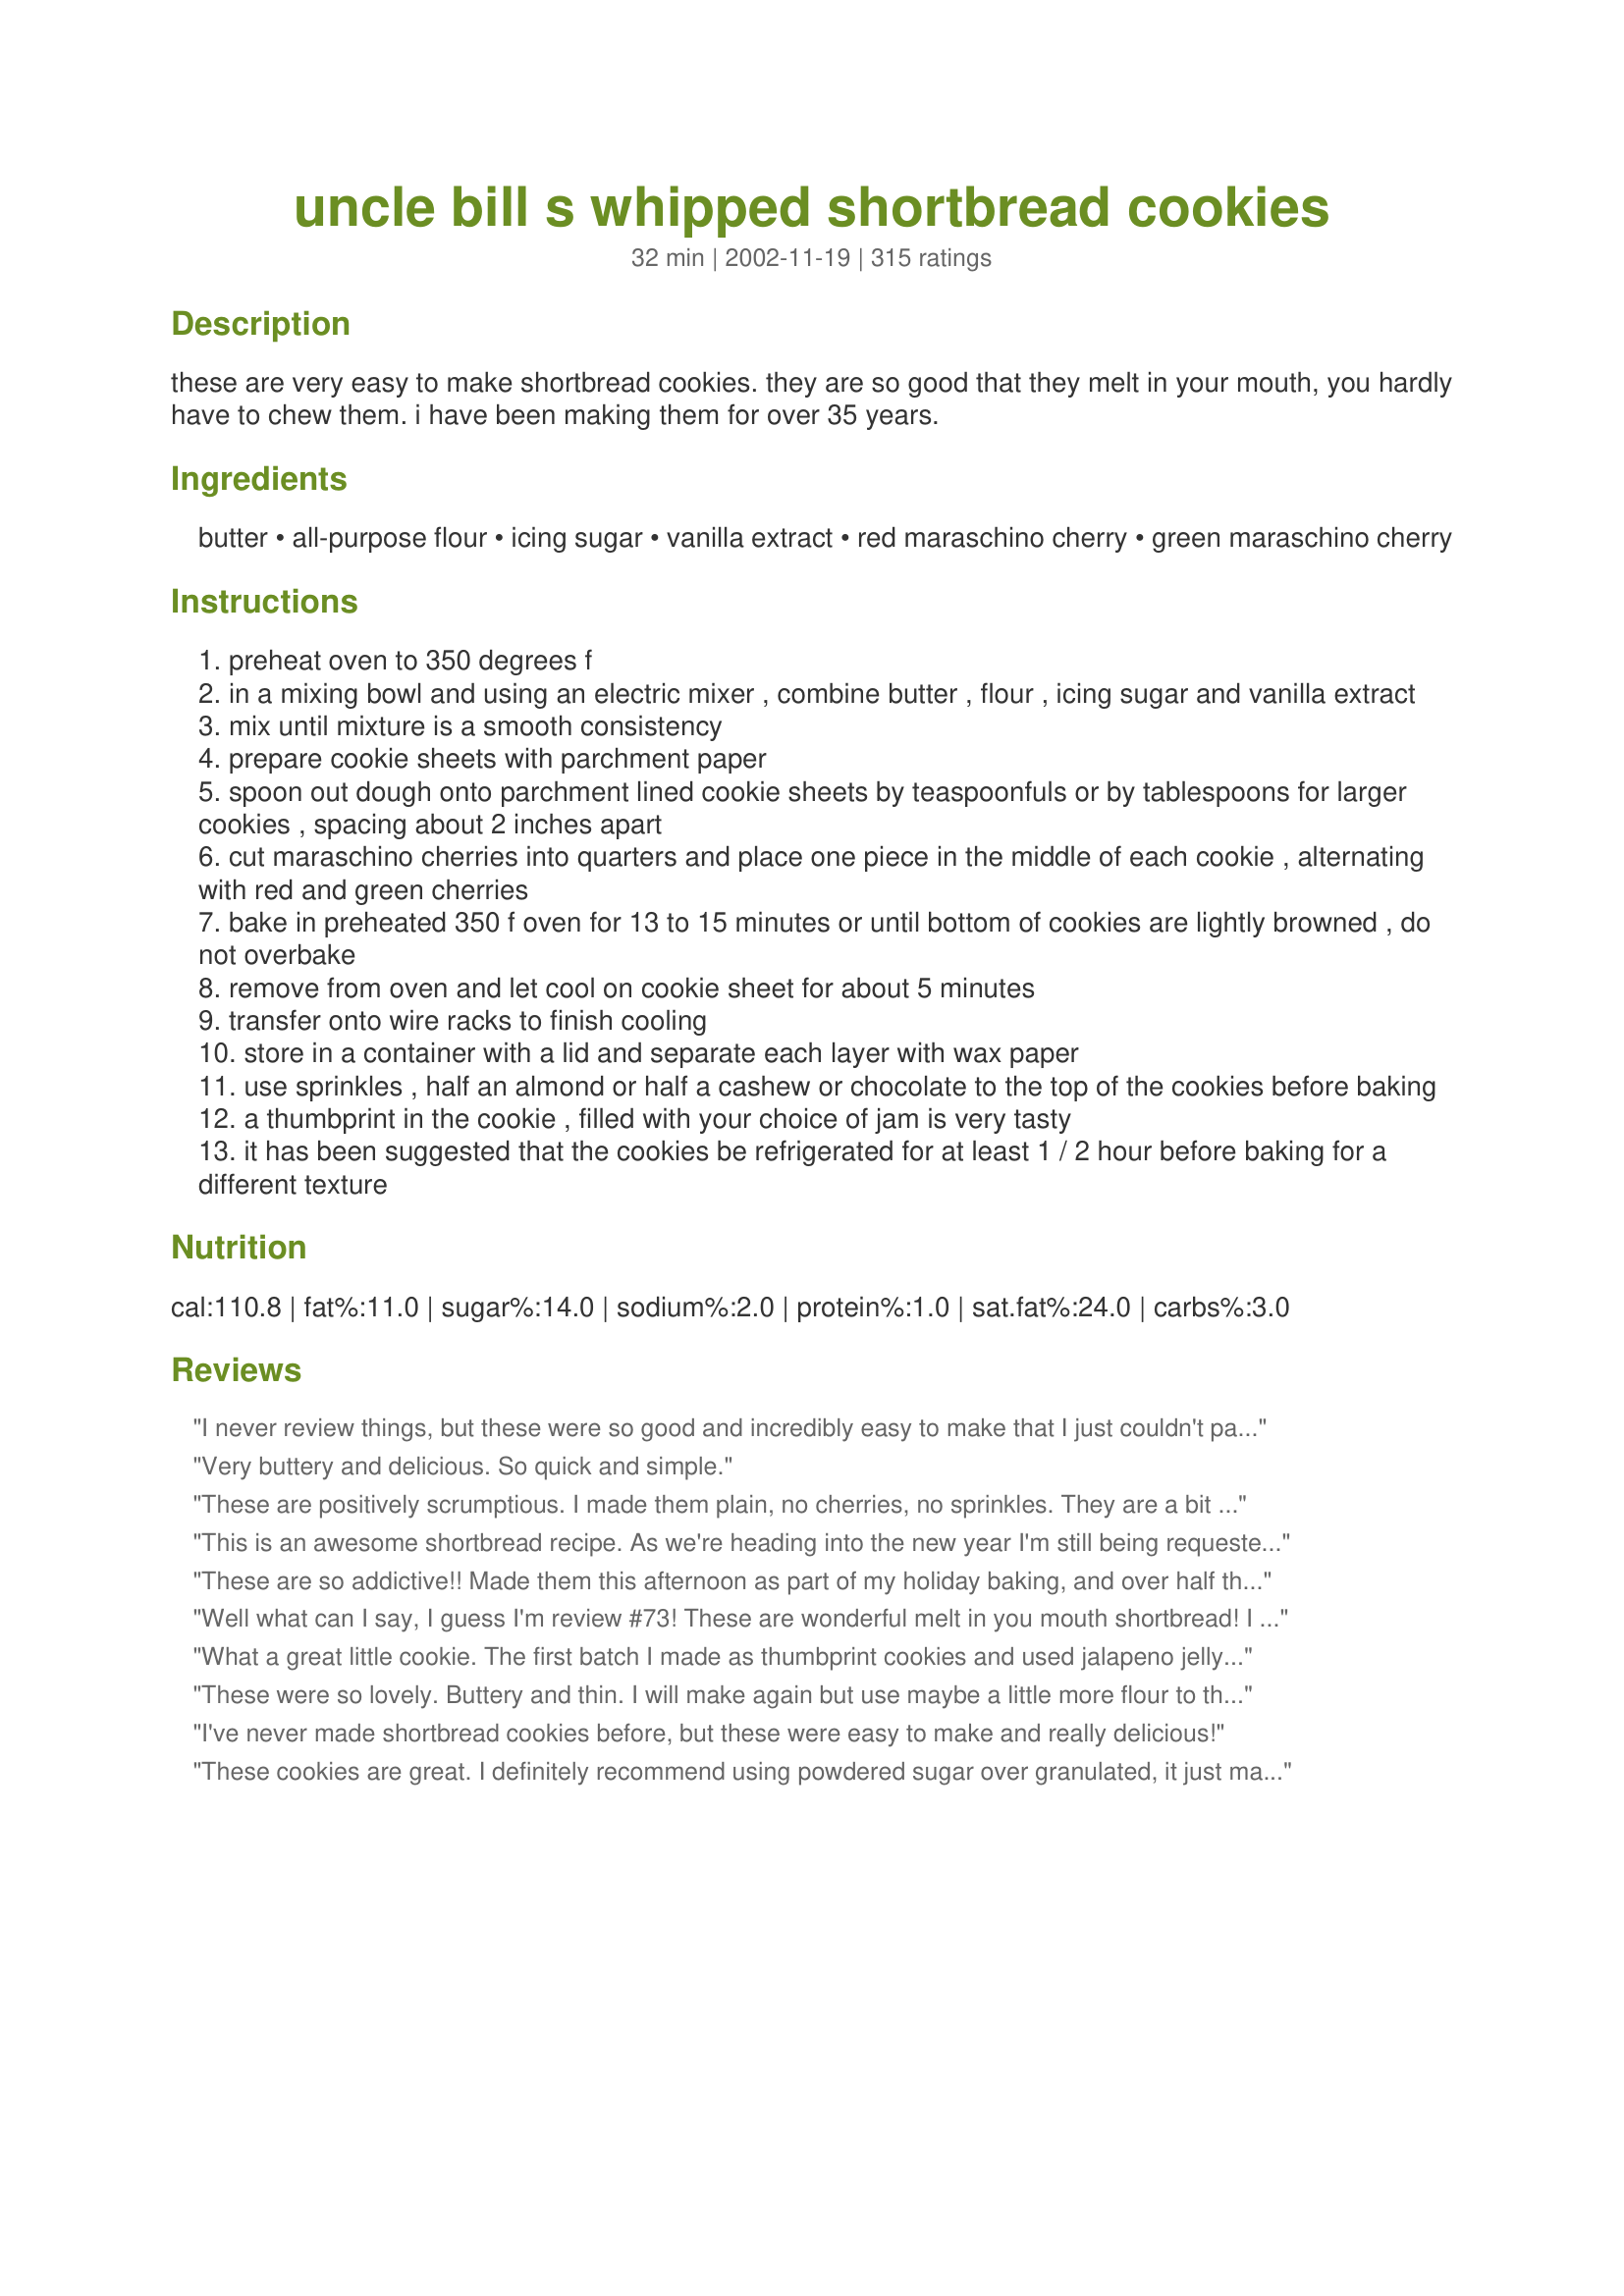
uncle bill s whipped shortbread cookies
Preparation time: 32 minutes

these are very easy to make shortbread cookies. they are so good that they melt in your mouth, you hardly have to chew them. i have been making them for over 35 years.

Ingredients:
butter, all-purpose flour, icing sugar, vanilla extract, red maraschino cherry, green maraschino cherry

Steps:
preheat oven to 350 degrees f
in a mixing bowl and using an electric mixer , combine butter , flour , icing sugar and vanilla extract
mix until mixture is a smooth consistency
prepare cookie sheets with parchment paper
spoon out dough onto parchment lined cookie sheets by teaspoonfuls or by tablespoons for larger cookies , spacing about 2 inches apart
cut maraschino cherries into quarters and place one piece in the middle of each cookie , alternating with red and green cherries
bake in preheated 350 f oven for 13 to 15 minutes or until bottom of cookies are lightly browned , do not overbake
remove from oven and let cool on cookie sheet for about 5 minutes
transfer onto wire racks to finish cooling
store in a container with a lid and separate each layer with wax paper
use sprinkles , half an almond or half a cashew or chocolate to the top of the cookies before baking
a thumbprint in the cookie , filled with your choice of jam is very tasty
it has been suggested that the cookies be refrigerated for at least 1 / 2 hour before baking for a different texture

Reviews:
I never review things, but these were so good and incredibly easy to make that I just couldn't pass up the chance to rave about them! These are definitely going on my regular baking list!
Very buttery and delicious. So quick and simple.
These are positively scrumptious. I made them plain, no cherries, no sprinkles. They are a bit delicate and I'm not sure they won't be crumbs by the time they get to the office party in a couple of days, but they do taste yummy and are deceptively light. Thanks, Uncle Bill!
This is an awesome shortbread recipe. As we're heading into the new year I'm still being requested for "Uncle Bill's", shortbread cookies! These melt in your mouth.
These are so addictive!! Made them this afternoon as part of my holiday baking, and over half the batch is already gone!! I only had red maraschinos, so that's what I used. These were SO easy and SO good!! I'm going to make another batch tomorrow!!
Well what can I say, I guess I'm review #73! These are wonderful melt in you mouth shortbread! I only had red cherries , gonna make some more and buy some green ones, great addition to my holiday freezer stash. That's if I can keep them away from DH, he loves them! Thanks for posting!dec 11/07 It's Christmas time again and time for shortbread, our favourite.
What a great little cookie. The first batch I made as thumbprint cookies and used jalapeno jelly for something different. The second I dipped the tops in sugar and pressed a pecan half into each of them. I didn't have parchment paper so I subbed waxed paper. Let them cool for a good 5 minutes then lift the corner of the paper and they peel right off. Thanks for a great recipe.
These were so lovely. Buttery and thin. I will make again but use maybe a little more flour to thicken them up.
I've never made shortbread cookies before, but these were easy to make and really delicious!
These cookies are great. I definitely recommend using powdered sugar over granulated, it just makes them extra melt-in-your-mouth. I had a friend abandon her diet because of these cookies, that's how good they are! Don't hesitate to try them.
I decided to make these just now because they seemed easy and I had everything to make them. I was lazy and did not use a mixer but beat by hand and it worked just fine. You can use your imagination with this recipe, which is fun! I split the recipe into two bowls and added (1/2 tsp) almond flavoring to one. On that same pan I made 3 cookies with no flavoring but decided to do thumbprint cookies with strawberry jam in the middle. (I wanted to see what I liked lol!) Once done I sprinkled more confectioner&#039;s sugar on top. They were good but not what I wanted really, so with the rest of the mix left I added 1/2 tsp vanilla and topped with confectioner&#039;s sugar when done. I liked how those turned out the best. The thumbprint cookies (jam) ran and were not right. (I have never made them before.) I think it might be fun to do the vanilla and then try a powdered sugar glaze on top with almond flavoring added to that. This doesn&#039;t remind me of shortbread cookies, or at least not what I am used to, as they are light and fluffy. The original recipe with cherries is probably very good but I would definitely add the almond or vanilla to them as this recipe feels like it lacks something without the flavoring (as some people mentioned). Thanks for a fun recipe!
Another fantastic Uncle Bill recipe! I needed a quick and easy cookie recipe to take a gift for a dinner invite and these definitely fit the bill!
Good thing they're quick and easy though because the first batch is almost gone lol, so I'll have to make more to take tonight.
I had no cherries or anything for topping, but can't wait to get some stuff and will definitely be making these come Christmastime!

I'm confused, or y'all are, not sure which. A recipe produces 24-36 cookies, and the nutrition info says 1 serving per recipe.?
I would give these 5 stars for ease, as this is probably the easiest cookie recipe I've ever tried. But about 2-3 stars for taste, as I found them to be too mild. The texture is very light, as other reviewers have stated, but they are just not quite sweet enough. I made these with a 1 tbsp scoop and they baked for about 12 minutes. I made an indent in the middle and added cherry jam and sprinkled with crushed walnuts. After tasting the lack of sweetness I also drizzled some chocolate on top which helped a little. I would make these again but add some more sugar or chocolate on top to add to the flavor. I also think orange or lemon flavoring would probably be really good in these. *UPDATED*: I made another batch of these and this time added a PACKED 1/2 cup of icing sugar, and another 1/4 cup of granulated sugar and think it could have used a little more yet. I think about adding 1/3 cup of granulated sugar to this recipe would make it just right.
A Nice light shortbread I topped mine with M&amp;Ms but thats all I had Kids loved them including my biggest kid (Husband)
mu husband didnt have faith that a shortbread recipe could match up to his mothers old recipe that she used to use. when i made these cookies i definatly got 2 thumbs up!
What a fantastic recipe. My 10 yo son and I tried this one together over spring break. The dough was a bit dry at first, but it got much better with more mixing. This was a huge hit at my house!!
I made these for my holiday cookie swap and they were a huge hit! Easy, but delicious! I too skipped the cherries and used green and red sugar sprinkles. Yum, yum!
This recipe is amazing and exactly what I was looking for! Cookies were melt in your mouth delicious when whipped up with my Kitchenaid and baked to perfection in around 12 minutes on my Williams Sonoma cookie sheet.
Another winner. I have made something similar but I always like to try new recipes. I made exactly 36 cookies and I baked mine for 15 min. and they were great. Very simple when everything gets thrown in together and then whipped up.
I followed this recipe to the letter and could not get them to flatten out. They lacked in flavor.
These are great. I rolled in small balls, then pressed the red/green cherries in the center. I also added 1/2 teasp. almond extract. Mine cooked very fast, about 11 min. Ovens vary so. They were devoured within a day. Thanks for this easy recipe. The flavor belies the ease of prep.
Loved the texture and taste!
man oh man these were good. I used some chocolate chips on some of them. Light, buttery, and literally melt in your mouth. Thanks!
Great classic shortbread recipe Bill! These were delicious and just melt in your mouth yummy. 
I topped mine with some coloured sugar and red and green marachino cherries. Thanks for posting! :)
Definitely "melt in the mouth" but little flavor---good thing I used good quality butter or they would have been tasteless. By the way, I used unsalted butter---would salted have been better? The recipe doesn't specify. They look nice and Christmasy, but I am really disappointed in the flavor after the over 100 5-star reviews!
They are easy, however, so I might try them again, adding some flavor.
Uncle Bill, these were by far the most easiest shortbread cookies to "whip up" in no time at all, and absolutely melt-in your mouth delicious!! Friends absolutely adored the cherry in the middle decoration also. I'll be making these again!
Love this recipe! There are so many ways to make these...I dipped in chocolate and then coconut; dipped in choc and then chopped pecans; candied cherries; peanut butter cups (mini); dusted with powdered sugar; the list could go on and on. Sure made 'short' work of my Christmas cookie projects! Super fast and yummy! Thank you sooo much!
Very good recipe! The cookies have a wonderful texture and the recipe is so quick and easy to make. Thanks!
These cookies ARE melt in your mouth! They aren't overly tasty even with the vanilla, so I found the topping was what gave the cookie it's flavor, which is great because everyone can personalize it then. I used cherries on some and also sprinkles and apricot jam on others. And I really had to watch mine in the oven, any more than 7 minutes and they turned brown. Also, I got advice to cream the butter first, add the sugar and blend, then add the flour, and that worked out much better than mixing it all at once. I loved how simple the recipe is and how easy they are to make, in just 3 hours I had made 97 cookies (double recipe)! I will be making these every Christmas from now on.
These have got to be the easiest shortbread cookies in the universe!
Besides being so easy they are a taste of Heaven, a melt in your mouth cookie. These will be a regular around here; especially on the Holiday table!
these are simply devine! a delicate and flaky melt in your mouth cookie recipe. I experimented with almond and vanilla extract and tried a sliced almond on the top. Whipping is the key for the amazing texture and try not to let your oven get too hot. Mine were a little brown but still delicious! Thank You Uncle Bill!!!
Very good cookie. I chilled the dough and rolled into balls; made thumbprint indent; and when baked and cooled, I decorated with a chocolate frosting rosette. 

I am anxious to make again with nuts or candied cherries.
Pure and simple perfection!!! I did recipe as written and these cookies were wonderful. Thank you so much for sharing.
WOW..OMG..YUM! 
With the first bite, these became my new favorite cookie! They are not too sweet and just melt in your mouth. And to top it off, they could not be any easier to make! Thanks so much for sharing this recipe, they will be made and enjoyed often in our home!
I had shortbread before and i was looking for a recipe that was simlar to what i tasted and this was it! My mixer broke while trying mix this and i wasn't able to buy another one till yesterday, so i kept the dough in the fridge and whipped them up last night. All it all it still tasted great!
Thanks for the recipe Uncle Bill!
I've never been moved to rate a recipe before, but these cookies are absolutely out of this world! Thanks, Uncle Bill!
Great drop cookies that melt in your mouth!! Very festive for the holiday cookie platter. Thanks for posting, Uncle Bill. =)
Reviewed these before, quick to make, excellent taste and texture. Watch your oven, mine baked in 12 minutes. Updated to say my daughter said "Mum these are the best shortbread you ever made!" Thanks for a great recipe!
we really devoured these cookies!!
 first time for me and they tourned out perfect!!
 really MELTING in your mouth!!!
 this dough is perfect to you with Christmas cookies, too!
So easy and so good! My teen son gave it his approval! I made mine with a thumbprints full of raspberry jam. One thing I didn&#039;t realize is that these cookies will spread out quite a bit when they cook so make sure and give some room.
OMGGGGGHHHHH!!!!! These cookies are toooo die for. They are so light and rich. Instead of cherries ( I didn't have any), I used red and green sprinkles. This recipe is a keeper. Thanks Uncle Bill for such a delightful and scrumptous recipe. A
Extremely easy and very tasty. I had to hide them from husband so that we'd have some left over for holiday guests. He really enjoyed them.
Great cookies! So easy to make as well. I topped some with cherries and some with mini kisses. 15 minutes had them fairly brown on the bottom, so will probably cut the time slightly, but I will definately be making these a regular holiday treat. Thanks for posting! :)
These are so easy, no mess, and turn out SO PRETTY! Thank you so much for sharing this recipe...it was fun to make, and will def make again!!!
Sweet~Bama
Everybody who has had one so far today has said "melt in your mouth". I loved this recipe. It was very quick, easy, and the ingredients were all readily available around my house. I used strawberry jam for the centers and the results were excellent. Thanks for sharing this!
These are AMAZING!! I love them as does anyone I've ever gave them too! I made them into a thumprint type cookie filled with jelly instead though! They melt in your mouth! ??
AWESOME! These cookies are melt-in-your-mouth goodness!! I am lucky I still have some for my cookie exchange tomorrow - LOL
Made this as lemon shortbread wedges by adding some lemon extract and covering with glaze. You can see some photos and the modified recipe in my blog: https://bulachki.com/lemon-shortbread/
These cookies are great. Simple to make ,used them on my holiday cookie tray,everyone raved about them.
Hi "Uncle Bill",
I made your cookies yesterday and they were EXCELLENT!! They are melt in your mouth soft and delicious. I plan to make them very often.
Lois
I thought these were very good & easy. Reminded me of the Swedish Spritz my mother always made. Mine flattened quite a bit so I think I might use more flour. I also used red & green candied cherries. Would also be good with half a pecan pressed into dough. Will definately make again.
Nothing to add except another 5-star review! These cookies are delicious and do indeed melt in the mouth. Thanks for a great recipe. :)
Required at least an additional cup of flour to get to a good consistency. I also baked in a slightly cooler oven- right around 315 degrees- because the first batch got brown around the edges before being baked through. I added app. 1 tsp of vanilla, but these were still a little plain (didn't use cherries, I HATE them!)... next time I think I'll add either almond or lemon flavoring to pick these up.
Wonderful, rich shortbread cookies. Made these with my granddaughters today and they were so-o-o good. We put sprinkles on some and left some plain, both were outstanding. Indeed these are melt in your mouth cookies. Happy Holidays and thanks. Carole in Orlando
Melt in your mouth delicious. I made these for my family one weekend and they loved them. I just used red cherries but that didn't matter. I can't wait to add this to my Christmas platters. They are so delicate and literally melt in your mouth. Thank you for posting.
These are excellent! I like them because they aren't too sweet. A nice mellow cookie that melts in your mouth!
Only recipe I use. I do not use vanilla and use unsalted butter and add a pinch of salt to flour. I roll into walnut size balls, flatten slightly with fork, and sprinkle with coloured sugar before baking @ 325 for 15 mins. Shortbread is always better when aged so I refrigerate cooled cookies in an air tight container after baking and attempt to wait for the magic to happen. I have kept shortbread if well hidden for up to a month.
Very Yummy! I added 2 teaspoons of vanilla and split up the toppings - some with the cherries, some with sprinkles, and some plain. All three versions taste great. They set in 10 minutes for me, too, and were SO easy to whip together. I do believe I'll make these often, as they're so quick and easy, not to mention that they use ingredients we have all the time! Thanks for a great recipe!
These taste like very expensive cookies. Now, I added a dash of vanilla and my little DSs added an extra stick of butter so they spread when I baked them and fall apart easily, but out of this world tasty. Thanks Uncle Bill.
This was a good recipe.However,it was so light and fluffy,it melted in my mouth good.But,it tasted more like a spritz cookie than a shortbread.I added red food coloring to make it look like a Christmas cookie plus sprinkled them with sprinkles.Next time I will double the batch.It really is a great cookie recipe!!Thanks Uncle Bill.
Liked the taste alot, when I think of shortbread I thought they would have been a thicker cookie maybe it was something I did. Simple and good made for my cookie exchange. Thanks!
These were easy to make. However that is the only positive thing I really have to say. I'm sorry but these are horrible. They taste like paste. They might as well be glue cookies. Before you say anything, Yes I am a avid baker. I really wanted to like these. Not matter what I tried I just couldnt bring myself to eat these or give them away. I added jam. I added pecans. I added Cherries. Nothing worked . For all those calories, they need to have taste. If I am going to have a moment on the lips and forever on the hips, it has to be better than these. Keep looking folks. I guess I am just not a fan of shortbread cookies Bleech
Melt in your mouth delicious flavor. Excellent directions, will be making these little treats often, Thanks for posting:)
These cookies are great! So easy to make because you just put everything together. They really do melt in your mouth. My sister just tried these today and they turned out great! Thanks so much Uncle Bill for sharing your recipe with us!
this recipe is amazing. i used the basic ingredients: butter, icing sugar, and flour. the first time i rolled them in balls, flattened with the bottom of a glass, and drizzled with chocolate. Aaaamazing. this time i rolled them in coconut, then placed a thumbprint in each one and added strawberry jam. i was thinking it might be fun to add grated cheese and roll them out really thin almost like a cracker. they would be pretty bland on their own though
Uncle Bill, these were superb!!! Really tender and buttery. I added 1/2 teaspoon of almond extract, as almond and cherries go together so well, and also because I use almond extract in a lot of Christmas desserts. (These cookies were for a Christmas bake sale.) I baked them for 10 minutes, which was just enough for them to be very lightly browned underneath, and set. Instead of spooning them onto a cookie sheet, I rolled pieces of the dough into balls, and then placed them on the sheet, topping each one with half a cherry. Rolling them first gave them a uniform, round appearance, and the texture of the dough was firm enough that it didn't need to chill before rolling. These were so good that once I tasted one, I had to bake another batch! Just as Bill promised, these are so melt-in-your-mouth delicious, and so quick to make. If you like shortbread, you have to try these cookies!
I have been making these cookies for the holidays for a couple of years now. My family enjoys these so much. They are good with raspberry jam too.
These were very good but I now know I prefer a harder shortbread cookie. They definately melt in your mouth so if you like that type, you will love this recipe! Thanks!
These couldn&#039;t be any easier and they melt in your mouth!
These cookies melt in your mouth! Truly Delicious! Thanks for a great recipe :)
Made jam thumbprints with these, DH definitely adored them! Took me 23 minutes to bake, and I added 1/2c white sugar to the dough, and another tsp of vanilla. The longer cook time might be because of a difference in oven; but I waited till the cookies were very lightly gold. Will definitely make again!
I made these this morning, and the kids loved them! I did bake mine for a little bit too long, so next time I will be more careful on the baking time. Thanks for a great recipe :)
Yum Yummies !!!
Oh my! You were not kidding.......these cookies literally melt in your mouth!!! EASY!!!! Did I mention easy??? Love the taste, love the simplicity, love the fact that you shared this. Thank you so much!
I must have made this recipe 5 times during the holiday season.

It was delicious, much like the shortbread my mother makes and best of all sooooo easy! Other than skipping the cherries, I followed the recipe exactly. Oh but my oven thinks it's a furnace so mine were baked in about 10 minutes, do watch them once they're in the oven - not over baking is definitely the key here...

Since they were missing the decorative cherry, I dipped a fork in icing sugar and made a cross hatch pattern on top before baking.

Thanks Uncle Bill, for a terrific recipe!
I made these over the weekend and was very pleased. THey taste and look great. My only problem is that they came out very crumbly. Maybe when I make them next, I will add a bit more flour. Thanks for posting this.
Great tasting little cookies. Very light and airy. Can't beat a good shortbread cookie. Thanks for posting this wonderful recipe.
Another five star review! I started out making half a recipe, simply because I couldn't believe something that simple could be that good. Big mistake! I ended up making a full recipe the next day. These are perfect, not too sweet. I did add vanilla to both batches, and sugar sprinkles to some instead of cherries. Thanks for an excellent cookie from ingredients I always have on hand.
OK, the dough was crumbly and it was impossible to spoon it out. Used my hands and it was no problem at all to "gather the crumbs" to get a little ball which I then flattened into a cookie. Made indentations in the cookies and filled half of them with jam and on the other half I placed a cashew nut in the middle. I got 24 cookies and they baked in 14 minutes. They smell wonderful, taste even better and so easy to make. Great cookie! Thanks for posting.
These were great! Maybe my oven is a little off, but my cookies were done in just 6 minutes. They went over really well - I made them for my boyfriend and he didn't want to stop eating them. Even after he was full, he kept eyeing the plate. Thanks for the recipe, these were absolutely delicious.
These were really easy, and a great last-minute addition to my cookie trays. I used the red maraschino cherries, and they were quite pretty. With so few ingredients, make sure yours are really fresh - my cookies tasted a bit stale (either the flour or the butter might have been too old).
Uncle Bill thanks for sharing a great recipe. I have boxes I give out and usually try to put 15 kinds of cookies so wanted to put yours in it. My mil was over and loved it, said it was very tasty.. Thanks for a keeper and one that will be used again..
:)
faith58
Wow, these cookies were definitely melt-in-your-mouth. I've made shortbread cookies many times before, but had always used granulated sugar, and the dough had always been stiff enough that I could roll it out and cut cookies from it. Shortbread drop cookies was a new concept for me, but a wonderful variation on an old favorite! Because I'm not a huge fan of the unnatural red and green cherries but still wanted something red and green, I made thumbprint cookies using Recipe #11522 and some raspberry jam I had on hand. The tartness of both jams was perfect with shortbread. I found they flattened out quite more than I expected in the oven, but tasted great! Thanks!
Just brilliant! Delicious and easy to make and a great hit in our house. Thank you!
Well my daughter made these awhile back and then we made a FEW more batches this Christmas. She eats them for breakfast !! This year we made a whole bunch more and she gave them away as gifts. Awesome cookies Uncle Bill.
I had a favorite recipe that I have used for many years, but to let you know, it will now take a back seat to your recipe..I would spend much time, making the dough, rolling cutting into shapes and baking. They were good as well, but because it had 1 egg in it, I never knew how to half the recipe. For us, a family of only two, it made way way too much, and I had them in the freezer for months. I am so glad to have found your recipe. I will be lucky though, if they make it til xmas. I most likely will have to make another batch. Thankyou for posting
I have never heard of a three ingredient dough before. These were simple and very tasty. They looked so festive on the cookie trays I made this year.
I made two batches during nap time, and I can't believe how good they are for how easy they are!! Thanks so much - and they are also great for my little one with egg allergies. I used M&Ms on one batch and colored sugar on another. Thanks!
I did not modify this recipe at all and it was perfect! I used the optional vanilla extract and sprinkled the cookies with red, white, and blue sugar before they were baked. Mine only had to bake for about 11 minutes. Great, easy recipe that I will be using again. Thanks!
Super easy and delicious cookies! Big hit with everybody. Just added some sprinkles and they were gone! Thanks for the recipe.
Oh my! These are so GOOD!! They melt in your mouth and they have just the right amount of sweetness. Thank you for sharing the recipe.
Oh my! These cookies did not last long. I made a "trial" batch as a test to see which cookies to make for a church event. This is the winner! They really do melt in your mouth and they are so easy to make.

Thanks for a great recipe!
Easy to make, yet very light and rich. I would chill the dough before baking. DH loved them!
Thank you so much for this recipe. These cookies are so easy, so quick and so wonderful!
These are phenomenal! Whipped up a batch so quickly this morning and tried them 4 ways - Mini Hershey’s kisses, mini peanut butter chips, plain, and apricot jam. All are delectable and I will never use another shortbread recipe!!!
I made these with my neighbour while she tackled a family (shortbread) recipe. Now we are making more batches because we couldn't believe how well they turned out!! I used Hershey's Hugs instead of cherries. They browned on the tops a bit (the Hershey chocolates) but that gave it a great flavour. I also used a stand mixer, not sure if that solves some of the problems people are having but seriously, perfect cookies!
Can't argue with the 5 star rating, or the claim that these cookies truly DO melt in your mouth!! Quickest, easiest cookies ever. Mine were about 11-12 minutes on an ungreased sheet. I used a rounded teaspoon, but ended up with about 24 or so. No cherries- made some plain, some thumbprint with raspberry or currant jam, and some with colored crystal decorating sugar. Gone in 24 hours! Thanks!
These ARE so very good. I didn't have any cherries, so I topped some with cranberries, some with pecans, and some with walnuts. I have a hand mixer, and it was a little laborious to cream the sugar, flour, and butter, but the result was definitely worth the effort. I made two batches, and made the mistake of leaving the second batch in the oven for a little more than 10-11 minutes. This definitely took away from the yumminess of the cookies, so I would caution against overbaking them.
These cookies are so addicting! Delicious, beautiful and perfect with milk. I made them exactly as directed with cherries and made a few with just sliced almonds in them also. I wanted to make more right away but I knew I would just eat them up!
Fantastic. I am a English and therefore think no one can make shortbread like the Brits LOL! BUT this recipe is outstanding. I made no change to the recipe, just did it as instructed and they melt in ur mouth! I hate to say it but traditional shortbread now seems heavy and stodgy. Kudos you darn Canadians hehehehehe!
Best shortbread ever . Dough freezes well so make a double batch.
awesome! didnt have any cherries on hand so i used green sugar sprinkles, my husband and his friends loved these! thanks!
So many recipe-results are described as "melting in one's mouth" ... for this one it is nothing but the flat truth. 
They are superb. I doubt they will travel well though, so my plan to take some for Thanksgiving (from Seattle to Kansas) doesn't seem realistic. I used glaceed cherries rather than maraschino. Lovely. I certainly will make them again...and again.
wonderful cookies and very easy to make! i wasn't expecting them to literally melt in my mouth but they did. I did think the butter taste was a bit much too pronounced so next time i will add almond, coconut or lemon extract for more flavor. In my first attempt i folded in 1 cup of coconut flakes after whipping the shortbread mix. After they were done cooling i half dipped half of them in melted semi sweet chocolate and put them in the fridge to set. These cookies are sinful, i wish i wouldn't have read the recipe and tried it b/c now i have had these, i will probably keep making and eating them. My husband just loved these. Thanks uncle bill for a great recipe!
How can something so easy to make taste so great?! My three year old grandaughter had so much fun helping me make these...I should have doubled the batch because she loved eating the dough as well! Uncle Bill, thank you for the recipe as these really are 5 star!
Fast Easy and delish.
&quot;Whipped&quot; is a good way to describe these as they fluff up and are less dense than traditional Irish shortbread. I was using the dough to mould 3D shapes, but the dough, before adding more flour, was too moist for this treatment and all the detail baked out of them. Still, a great texture and flavor!
I used this recipe as a base for my own Earl Grey shortbread, and it worked wonderfully well. I substituted granulated sugar and added 1 tbs. ground Earl Grey tea leaves, 1/2 tsp. almond extract, 1 tsp. vanilla extract and a dash of nutmeg, and ommitted the cherries. thanks for the recipe!!!
Mmmmm... I had never made shortbreads before I gave these a whirl. They were melt-in-your-mouth good!! Not to mention quick and easy. This recipe made 4 dozen small cookies and my crew (7 in all) finished them off in less than 24 hours!!
Great cookies!
they melt in your mouth and are delicious!!!
They are also very festive with the red and green cherries.
Great Recipe!
WOW. So simple and so delicious. i made a half batch for the two of us while we put up our christmas decorations- took about 20 mins including cooking time. i topped mine with fresh cherries and they were perfect. thanks!
This is a great, easy recipe- so fast, too!
I just tested this recipe to make for my cookie exchange this weekend and it was very easy and delicious. I'm sure everyone will enjoy it as much as I did.
Bill, these little cookies are AWESOME! As another reviewer suggested I used sprinkles instead of the cherries. I also used salted butter. I used just a tsp. of dough for each cookie because I wanted small cookies. I make up a lot of cookie trays for gifts and I don't think the cookies need to be large when there are so many on a tray. These do melt in your mouth. I got 53 cookies out of one batch and I plan on making up another batch after supper tonight. These are probably the easiest cookies I'll be making this year. And using the sprinkles they are also very pretty without a lot of work. Thanks, Bill.
I put these through my cookie press and they turned out beautifully. For me 9-10 minutes was also plenty. I added a little splash of vanilla and almond extracts to give it more of a cookie taste. They look adorable on my cookie tray and they're definitely melty when you eat them! ETA: They keep very well when you refrigerate them in a cookie tin, and they're pretty good cold too!
These were okay. It took about 10minutes to get the dough to the correct consistency. And for all that work, these didn't taste all that great. I love shortbread cookies, but I don't think these were dense enough. I guess I expected more-especially since it took some time to mix this. But the kids didn't have any problem eating these. But they did melt in the mouth. And if that's what you are looking for, this is the recipe for you.
These coookies are delicious! They have a buttery, mild flavor and are truly melt in your mouth cookies. I omitted the cherries and made them plain and they were very tasty. I whipped up a batch this morning to include in the twins' lunch. Maybe I need to check my oven's temperature, but my cookies were done to perfection in 9-10 minutes. I will definitely be making these cookies again.
The best Shortbread ever.
I'm putting 2 stars because these really do taste good -- melt-in-the-mouth good. They are buttery and not sweet (so do put on some toppings!). Unlike what another reviewer, these did not turn out like "gluey" cookies at all.<br/><br/>However, they crumble too easily. ): My cookie dough was very very soft, like cream and I didn't think it was a problem till I saw the baked results. <br/>I topped half of the cookies (both non-refridgerated and refridgerated dough) with large choc chips and these turned out looking alright but almost all my "thumb-print" jam cookies were HORRIBLE. Jam spilled out onto the baking tray because the cookie dough was too soft and I guess the so-called 'well' (holding the jam) didn't hold while the cookies were baking.<br/><br/>I followed the suggestion in Step 13 and refridgerated half the dough for half an hour. The first half of the cookies (non-refridgerated) took 13-14 min to bake and were sooooo fragile upon touch. (sigh) <br/>The refridgerated dough resulted in it being slightly 'stiffer' but still very soft (I had to remix the dough to get the same texture throughout) and the cookies were slightly crispier on the outside. <br/><br/>I followed the recipe exactly except for the cherry toppings. Help Uncle Bill ):<br/>Oh, in case you're wondering, I've been baking for 5 years and I've never baked cookies that end up like these before. ):
Lovely! They really melt in your mouth.
These are pretty awesome! I left the butter sit out overnight so it would be soft all through. I whipped the butter in my stand mixer for about five minutes while getting everything else out and cutting the cherries. I opted for almond extract to compliment the cherries. My kitchen was warm, about 75 degrees when I started and once the oven was running it got up over 80, but I decided against refrigerating the dough as I wanted to try the recipe as is, so glad I did. The batter texture was like fluff, it is awesome. I didn&#039;t touch the batter at all until the very last cookie, pretty sure any additional heat would melt the butter in the batter. I used a tablespoon and got a little carried away with heaping tablespoon size. So my cookies were huge and some broke when transferring to the cooling rack. I did not get even 24 cookies. Totally my fault though. Next time I would stick with the teaspoon, and make it a heaping teaspoon. I put a powdered sugar/water drizzle over them inspired by the gorgeous pictures other members have taken. The cookies do melt in your mouth, no chewing required! This will be my go to recipe for shortbread cookies from now on.
These were simple and the best shortbread cookie I've ever tasted. This was my first time making shortbread cookies and they turned out beautifully. I made thumb-pressed cookies with the dough and put a dollop of apricot/pineapple preserves in the center of each instead of the maraschino cherries. The jam in the center really turn a shortbread cookie, which can be hard and dry, into a soft, sweet, melt in your mouth flavor explosion. This recipe is just too good not to add it to my collection. The base is so simple that the possibilities are endless with this versatile cookie. Next time I may dip each cookie halfway in dark chocolate, use strawberry preserves instead of apricot, and maybe even put a whole pecan in the center. Come Christmas, some of these cookies will get to each of my friends and family. Thank you Uncle Bill!
I wanted to like these but they just didn't "do it" for me.
How easy can you get - three ingredients thrown in a bowl. And they are so good! I used homemade lemon marmalade instead of cherries. That was a luscious contrast of flavors. They baked in 14 mins. Thanks for sharing this wonderful recipe.
My first time making shortbread and the reviews on this recipe made me want to try it over all the others available online. I did not regret it! I found I had to truly whip (electric mixer on high setting) for a few minutes before the texture of the dough was ready...the recipe title is accurate that these are whipped!!! Having said that, They are incredibly easy and simple to make, and they turned out beautifully: light, fluffy, melt-in-you-mouth goodness. My mother couldn’t get enough of them, so I’m making a second batch today! I am curious what the difference in texture would be if I refrigerated the dough for 30 minutes prior to baking?? Thank you uncle bill for this recipe!!!
I made these for Christmas with various fillings in the middle (jams, sprinkles, almond slices) to see which was best, and they all turned out amazing. But the best was a papaya marmalade I found in the fridge--it went splendidly with this perfect shortbread cookie. I am making them again today--all with the papaya marmalade--because I couldn't wait to try them again.... mmmmmmmmm.......
These were very easy, but they seemed kind of bland. I only got about 20 cookies from this recipe as well. I may make them again, they make great cookies for the baby, they melt in your mouth!
Awesome! Easy, fast and really tasty! Topped with different toppings - some Maltesers, some orange M&M's, some hundreds & thousands and some blueberry jam - big hit with my kids :) WILL be making these often!
I can&#039;t wait to try these. I have a new stand mixer coming in a few days and I have to catch up on my Christmas baking. I, also, have a new sugar free product to try, Swerve confectioners sugar to ice my sugar free sugar cookies. Just bought a lot of green and red cherries for breads so this will be perfect. Thanks for a great recipe that has received such great ratings! : )
Beautiful, delicate cookies. The simplicity of the visual presentation makes them stand out. A big hit with my students today at George Mason University!
Simple, tasty, quick to do. I think they need the best quality butter and flour, and I'm glad I used some vanilla and a half candied cherry. No reason to make more complicated shortbread. Next time I do this I will think about a half pecan on top, or jam would certainly be good but give a completely different cookie. A real winner for everyone.
These were awesome....easy to make and taste delicious. I didn't modify the recipe at all!
We LOVE these cookies. My family&#039;s tradition is shortbread, and these are so different and melt-ily delicious. I&#039;ve tried them with the cherries, with lemon and strawberry jams, and with almond extract. They all taste delicious. Definitely watch them once 11 minutes hit, though, depending on your oven.
I made these at Christmas and again today for Valentines Day - today I made little heart shaped indentions and filled with raspberry jam. They are soooo good!! and easy!! This recipe is definitley a keeper.
i strongly suggest putting in the fridge for at least 1/2 hour, before baking. Gives a better body to the cookie.
fan-frigging-tastic! did not have parchment paper and still turned out great. found that 10 minutes was about the right cooking time. added almond extract and rolled into balls, flattened slightly, and added red and green sprinkles due to the season. am taking these to work on christmas day and know they will be well-received. they do literally melt in your mouth. very tender and delicious!!! thanks, uncle bill! your recipe is much appreciated.
I substitute Splenda in place of the powdered sugar and these cookies still turn out perfect. I only cook them about 10 mins though. Divine. Thanks Bill!
I must join the 100's before me and give these cookies 5 stars, just on the fact that with a handful of ingredients you get such a tasty, melt-in-your-mouth cookie. I added 1/2 tsp. of almond extract and topped them with a 1/4 maraschino cherry pressed into each one after rolling them into small balls. I am on to my second batch today. (I rolled them smaller and recipe yielded 48 cookies for me.) Thank you, Uncle Bill!
These cookies were so easy to make. I zapped my butter for a few seconds on thaw in the microwave to soften. My cheap beaters worked very hard mixing this and at first the dough looked so crumbly I thought I have done something wrong. Then suddenly it all came together. Worried a bit about not shaping them but the oven melts the dough into a pleasing shape. Made recipe exactly as written. My second batch browned a little too much at 17 minutes so do watch them!<br/>These were just delicious and didn't seem overly delicate to me. So quick to make! Just nice little cookies that melted in your mouth!. So festive with the cherries! A real keeper recipe. Thanks Uncle Bill!!
I would like to make these with a mini Hershey's chocolate kiss on each one!
These cookies are so delicious. As well as really tasty, they are the simplest cookies I have ever made. 10 minutes in the oven and my cookies were ready to come out. Do try!
We loved these cookies and they were given many compliments from people who received them on my holiday cookie trays. So easy to make, and a wonderful melt in your mouth texture! Personally I'd like them a little sweeter so will make a few more batches with and 1/4 cup of powdered sugar. Thanks very much Uncle Bill!
I can't believe I forgot to rate these! I am a chocolate lover and usually save indulgences for chocolate but I made these as part of my Christmas gifts for the neighbors and they were so good I had to stop myself before there weren't enough to give out! I chose them because they looked (and were) so easy to make, but they were so delicious I'll definitely keep making them.
My first try at Shortbread... was not to sure when I started as the dough was not a dough, but after a few minutes of whipping it came together nicely. I used a silpat mat on my backing sheet... would not recommend, as it took much longer, but in the end the cookies were pretty good...will make them again.
excellent! After cooking, I dipped them into powdered sugar.
Delicious melt in your mouth wonderful cookie.
I went all out and used a half a cherry per cookie..lol
Thanks very much for sharing.
This recipe was lovely!! I used almond oil for a different spin and they tasted wonderful! They are beautifully melt in the mouth! I would definitely recommend this recipe to everyone!!
These cookies really do melt in your mouth. They are sinfully good and so easy. With a small cookie scoop, I made 22 cookies. In my oven, they were done in 11 minutes.&lt;br/&gt;&lt;br/&gt;UPDATE 12/2013: I am still making these every year. Only now I make them with honey as I no longer eat refined sugar. I was nervous, but they turned out perfectly. I use half as much honey as sugar and add a smidge of baking soda. I still use my small cookie scoop and they are still done in 11 minutes. They are a bit firmer than those made with powdered sugar, but that is a benefit if you need a sturdier cookie. And now I can share them with far away friends! Also, as with many other recipes using honey, I reduce the oven temperature 25 degrees to 325. This recipe continues to bless my family every Christmas and with the honey version I can enjoy them as well. I can&#039;t thank you enough Uncle Bill!
Did you use a cookie press to make the star effect, or a large decorating tip?
These were very good and I followed the directions except since they had no flavoring I added 1 tsp. oetker original vanilla sugar to the icing sugar to give it a slight flavor. However, I measured it so as not to have more sugar than requested. They were quite good. Thank you this recipe is already added to my Holiday cookies.
These cookies are amazing! I made these for a cookie exchange and it was very hard not to eat the whole buttery batch. These are definitely going on my cookie trays this year.
I followed the recipeexactly, and "Melt-in-Your-Mouth" is right! The texture is extremely tender. These are pretty tasty cookies, but cannot travel, as they tend to fall apart easily. My kids didn't mind though, they ate them all up anyway. Thank you for a good recipe.
First time ever making shortbreads and they are perfect. DH said they were the best he's ever had. Everyone has different textures of shortbread that they prefer...if you like the kind that literally melt in your mouth then this is the recipe.
excellent cookie Uncle Bill!
I made these cookies with the vanilla, and without the cherries. They are delicious! I also rolled them into balls, and flattened them with a fork. Yummy with tea, and so simple to make. Thanks for the recipe!
Excellent, These are so easy to make and so tasty and delicious. I like to make a thumb print in the center and fill with jam or other fillings, or even a fresh piece of fruit.
I have just been informed to only send these cookies in goodie boxes! What could be a better rating? J
This is the best recipe. My sons ate a whole cookie sheet (30+ cookies) by themselves!! I used a baby spoon to drop the dough for the first couple pans (I doubled te recipe) and then rolled the dough into balls by hand then flattened them. I like the look of the rolled cookies better, more finished and professional. I didn't have cherries so I melted chocolate and dipped one side in the chocolate and let it cool on parchment. Talk about heaven on earth!!! Thanks Uncle Bill!!
These were just barely ok for us. Myself and two of my children (13 yrs old & 9 yrs old) both thought they were bland and all I could taste in this cookie is the butter. I love butter don't get me wrong...but these were just not great for my tastebuds. I asked my kids what they thought and the report was "uh it's just ok". My kids are not picky eaters and typically anything in the sweets category they are hard to displease. I/we will not make these again. Sorry :(
Wonderful! I loved making these and decorating them! I divided the dough and swirled food coloring into each section and topped with sprinkles. These are simple and delicate. They make the perfect cookie for a cookie exchange, or as others have suggested, a great addition to a Christmas goodie plate.
These are so easy and so good! I used almond extract in mine, which really makes them a little tastier, I think. Also, for the fillings I used either peach or blackberry jam, or the cherry. I prefer the peach jam, they were my favs. Thanks so much for such a great recipe!
It's possible that I just didn't whip these enough, because they came out dense and heavy-tasting. They were like deflated sugar cookies.
These were so easy to make. I made a small well and added a dollop of my homemade pineapple-apricot filling. They turned out great! I made mine a little larger so I doubled the recipe and got about 4 dozen. Thanks Uncle Bill!
Been looking for the perfect butter cookie and THIS IS IT!!! Thanks very much for sharing!
Great Shortbread! I only made half and wish I had made the entire recipe. I used almond extract instead of vanilla. Wow, what great flavor. Will be making these often as DH loved them.
THANK YOU!!! I can officially make shortbread cookies now!! These couldn't have been easier or tastier!! A Christmas staple in our house now =)
Very good, very easy! I used unsalted butter and think 1/4 teaspoon of table salt would bring out the flavor nicely. I did some with cherries, some with strawberry jam and some with blackberry jam. I LOVED the blackberry jam! I got 29 cookies with my small cookie scooper. Thanks for the recipe Bill!
Good call on the vanilla!! But i would add 1/4 cup to 1/2 water. So the dough would be doughy and easier to make into cookies. Mmm..cookies...but GOOD RECIPE. tastes the way short bread cookies should!
I started to soften the butter and realized that I had no icing sugar...so I used granulated sugar instead, whipped it for a little while and then added the vanilla. These were the BEST shortbread cookies I've ever made!!!
I&#039;ve made this recipe quite a few times, and it turns out perfect every time. I&#039;ve played with other recipes but am never satisfied, and find myself making these again and again.
OMG, these were amazing and soooo simple to make. It was my first time attempting shortbread and I won't ever try another recipe.
Thank you so much for posting!!!
Delish! Hubby dropped by HUGE teaspoons though and they broke apart like crazy after baked - our fault and not the recipe though. I will try again soon without my DH's assistance. They really do melt in your mouth - we ate the whole batch in just two days! Thanks!
These cookies are amazing!! I don't even think they lasted the night...Incredible! Wonderful buttery taste! Thanks for sharing!
Excellent recipe.
Uncle Bill, these are the best (and easiest) cookies I've made this season! You did make a mistake though...you didn't insist on doubling the recipe! I am going to make another batch, but they are SO easy, what the heck! I didn't use cherries, instead I used seedless raspberry jam and I only needed 10 minutes bake time. Thanks so much for posting this super easy recipe!
Thanks for this recipe, Bill! These were so easy and super tasty! I only had margarine, so I used that, and I added an extra tsp of vanilla, but they turned out beautiful! The kids love them!!
Perfect, 4 ingredients, and easy! Doesn't get much better than that. Do yourself a favor and whip up some of these! A super fast dessert on the fly if your ever in a pinch. I used 4 different toppings for the cookies (variety is good!): Possibilities included: berry blend jam, apricot jam, colored sugar, 2 chocolate chips. Thanks Uncle Bill!
Fabulous cookie. Terrific taste, texture, and so easy to make. There they were...gone! Thanks so much.
These are fantastic! I don't like cherries, so I put a Hershey's kiss in the middle of each. I made them this afternoon and half of them are gone already!
They were so simple to make and turned out lovely. I didn't have cherries so made some plain and some with a chocolate M&M in the middle. Both turned out well!
This recipe is BRILLIANT! So easy to make and SO delicious. I was searching for a quick and easy shortbread recipe, after these I shall search no further. My family fell in love with these and I will most definitely add them to my Christmas lineup. Instead of cherries, I tried a couple different variations: almonds, chocolate chips, and jam- for a deluxe assortment. I added red sprinkles for a touch of holiday flare. I just cannot say enough good things. Superb!
Easy and quick and delicious, melt in your mouth cookies.
These were just delicious Bill. I did not use the cherries...don't like them. Exactly the type of cookie I have been looking for...light, delicious, and not too sweet. PERFECTION in a little cookie. Thank you, my search is over for my favorite cookie!!!
I made these at Christmas, and they were the best! I couldn't stop eating them. My kids prefer my regular Christmas cookies, probably because they are a little sweeter. I didn't use cherries, but used mini choc. chips, left some plain, used some almond slices on some, all were good, but my favorite was the ones that I made a small indentation in and I put a teaspoon of raspberry preserves---so good!! Thanks so much for a fast, easy, and very delicious cookie!
We all loved it! So simple and easy to make. Wouldn't change a thing. Thanks Uncle Bill!!!
YUM! I loved this recipe! I doubled the recipe and did 1/3 with the cherries, 1/3 as jam thumbprints, and 1/3 dipped in dark chocolate. Of course the chocolate dipped were everyone's favorite, but the jam were excellent with coffee! Next time I will try with vanilla, but these were fantastic!
Uncle Bill, thank you sooo much for these. Made them this morning and they are unbelievably easy to make but more important unbelievably tasty. I don't like cherries, so used choc chips on some, nuts (almonds and cashewnuts) on some and mincemeat (love mincemeat) on the others. Such a treat!
These were wonderful! Easy and delicious. I made some with a small dab of strawberry jam and they were wonderful. Great recipe!
Buttery and metl-in-your-mouth good. Soup to nuts, 20 minutes. From start to when I popped one in my mouth was 20 minutes because I baked mine for 15 minutes. Thank you.
Very good! I added a tsp of almond extract and thought the flavor and texture was excellent. They baked in 12 min. I got 42 cookies out of the recipe using a half tablespoon of dough in each. They are the perfect size that way!
Very tasty basic cookie. The only reason I gave them 4 stars instead of 5: the first one left a buttery residue on my fingers, plus I thought they needed a little something extra. I put the rest of the cooled cookies on paper towels for about 10 minutes before sprinkling with powdered sugar. Perfect.
I can;t believe I forgot to rate these cookies. I made them for a Christmas party with the red and green cherries and everyone raved how light, moist and delicious they were. Thanks for a great cookie recipe.
These cookies are amazing. I have been baking these for my students (200 each year at Christmas time) for 3 years now...and they love them. They are easy to make and sooooo delicious. For my family and friends (or smaller batches) I melt milk chocolate chips and dip half of the cookie in and set it on wax paper. Shortbread and chocolate...what could be better?

I have made this recipe for 4 Christmas' in a row now. It never fails to please my shortbread loving family! Occassionally I will use a different extract (like almond or peppermint), just for fun. Nothing beats Uncle Bill's for melt in your mouth, buttery goodness.
this recipe is perfect. They are wonderful cookies and I will make them again!
Made exactly as directed, except omitted the cherries, as my husband is not crazy for them. These cookies truly melted in your mouth! Thanks! I'll be making these again soon!
Oh, yum! These have that true shortbread, melt in your mouth flavor I was looking for! I reduced the sugar a bit, and made the cookies very small. I made little sandwiches out of them with leftover dark chocolate icing, and they are SOO good! 10 minutes exactly, and they were cooked perfectly. These would be really good with almond flavor in them, too. Thanks for the great recipe!
I made these to send out as part of my cookie exchange, but didn't really care for them. They were too bland for my taste. I can't compete with the numerous 5-stars, but this is just my opinion. My family just picked the cherry off the tops and left part of the cookie behind.....that said it all for me.
Incredibly easy and delicious! Instead of cherries I put a dab of jam in the center of each cookie - some strawberry, some apricot. They look beautiful and will be a nice addition to my holiday tray. That is, IF I can keep DH from eating them all tonight. I made the cookies a bit small and got exactly 4 dozen.
This doesn't really need more reviews, but I thought I'd do mine, since I made a batch with 1/2 white and 1/2 whole wheat pastry flour. This was so easy to throw in the Bosch. Used my Pampered Chef small cookie scoop and got exactly 36 cookies, which I rolled in white sugar. I have never made shortbread b4, so I only have to go by what I thought of this recipe. It was pretty good, fell apart in your mouth (melt?) I might try adding a Ghirardelli chocolate chip on top (I don't buy Hershey's) and flattening them b4 baking next time. Pretty good for a cookie with 2.4g of sugar! Update: Forgot to add that it took 17 minutes on the airbake pan and after 22 minutes on the stoneware pan, the bottoms still weren't brown at all, but I took them out and they tasted fine.
Best shortbread cookies ever! I have FINALLY found the taste I remember from my childhood! I chilled them first, them rolled into balls, made a thumbprint and put mini chocolate chips in the centre.
Great!!! I will say I got a little nervous, as my dough was very crumbly, but I kept beating and it got smooth, just as promised. I also put a small amount of raspberry jelly in the middle before I baked them and got wonderful Knottsberry Farm style jam cookies. Thanks!
I like these a lot, but will be making some changes next time I make them, as they were not sweet enough for me. I will add 1/4 c more sugar and 1/4 less flour. I added 2 tsp almond extract and loved the flavor! Thanks for an easy cookie.
I made the recipe exactly as written. They came out perfect!
Such a light, buttery texture. I did not refeigerate the dough first and had no problems. I have already made these a number of times and they are fabulous.
These are soo yummy, even DH is devouring them and he's not a big sweets or cookie person. Actually asked me if they were 'bad' for you, hehe. The only issue I had is that these were perfectly done after 9 minutes, so *definitely* keep an eye on your first batch (I did after someone else's review said they only needed 10 minutes) to get the timing right. Beautiful perfect taste-of-christmas cookies!
can't believe i haven't rated these yet! I've made these 3 years in a row for my xmas cookie boxes and they're always a big hit! they're sooo good and just melt in your mouth. i've yet to find green maraschinos, i just buy the big jars of red ones from costco and cut them in 1/2 for each cookie, i like the look and the big piece of cherry - yum! and seriously, DON"T over bake them!! i've done it and they're nowhere near as good. now to get started on my xmas cookies.... :)
I'm not much of a baker, but my goodness these were SO EASY to make and so very delicious! I ended up making 3 batches - one right after another! I wanted to share the yumminess with everyone I know! I couldn't decide on the topper so I made some with whole almonds, some with green cherries, some with red cherries and some with strawberry jam. I want to go home and bake another batch tonight with candy cane sprinkles! Thanks Uncle Bill for yet another scrumptious recipe!!
Not going to rate this as I'm pretty sure I must have gone wrong somewhere. I have been dying to make these for ages now but when I mixed the ingredients together in my mixer I ended up with a crumbly mixture that wouldn't come together at all. I ended up creaming in some extra butter and baking them anyway but end result didn't look like the lovely photos on here. Mine were flat and crunchy. They tasted ok but not very shortbready. I'm thinking maybe if next time I cream the butter with the sugar first? I really want to make these again so any tips would be very gratefully recieved! Thanks.
Awesome cookies!!! I brought them to my knitting group and they were gobbled up completely.
EXCELLENT!!! It took me the whole batch to get the time right for my oven (13 minutes) but tasting one from each tray was worth the *pain*! :) Thanks for a great recipe that I will use over and over again!
These were great!! I added 1/4 tsp. almond extract and they were just delicious!
Can't believe I haven't rated these yet, they are my go to shortbread recipe for the best five years! I always do the thumbprint jam ones as pictured and they are delicious. Just remember to press the thumbprint in before cooking or cookies will crumble. =)
Try the metric version, dough abit dry to roll, so add about 50 mls water. Omit salt if you're using salted butter.Overall an average not very crunchy and flavourable cookie.
these cookies are so good! i baked mine for 10-12min and they were perfect. i used raisins and chopped almonds for toppings because that's what i had at the time. the cookies really melt in your mouth! thank you for the recipe!
Super easy and delicious! <br/>I didn't notice anyone using a cookie press, so I was a little worried about trying it. The cookies wouldn't stick to my parchment paper using the press, so I had to put them directly on my dark cookie sheet *GASP*! I kept a close eye on them, and each batch was ready in 6.5 to 7 minutes.
These were great. Easy to make.
Uncle BILL:

In 3 letters: OMG!!!

I added vanilla but that's it!! 

AWESOME and S I M P L E .
The very best cookie and quite simple to make.
So easy and delicious. Made these for a christmas party and they were a hit.
Bill, these were just super easy to make. I had them done and cooling on my counter in no time at all. Instead of the cherries, I just used Christmas sprinkles. They are, as you said, melt in your mouth. I'll be making these again. Thanks for the recipe!
Truly melt-in-your-mouth! This an easy one to make with the kids, and I can give them the "beaters" to lick since there are no raw eggs. We used raspberry preserves on one batch & Christmas sprinkles on another. Thanks, Uncle Bill!
Ditto on these cookies being so yummy!!!!! They are 5*s plus, and so easy to prepare. Everyone loved these cookies. Thanks so much for sharing.
Yummy. I did not use any of the maraschino cherries and still loved the cookies. I think next time I will try putting a hershey kiss in the center of each or use sprinkles. Loved this recipe. Thank you.
Very very nice. I used teaspoon to drop and definately didn't need any more --> they fluff and spread alot more than I thought! I pushed 3 white chocolate chips in some with a little raspberry jelly (lovely!!!).. some others I added Nutello, also lovely! If you use Jelly..make CERTAIN it all stays in the cookie because these things are soooooo delicate..they literally fall apart when they touch your lips!

One small suggestion.. Cool for only 2 minutes on the cookie tray..its' much easier to get these off while they are still just slightly soft. If you put anything in them that drips over the side (jelly?) during cooking then you aren't getting that one off in one piece!
This is an awesome recipe! Only three ingredients and the taste is so delicate and just melts in your mouth! They are delicious plain or topped with your favorite treats! Uncle Bill thanks so much for sharing your delicious recipe and also for your willingness to share your expertise with others!
Great!!
I am not the best baker in town- so to find a simple, yet delicious cookie recipe is gold to me. I thumbprinted raspberry preseveres and they were excellent! At Christmas I had my son's put sprinkles on tiny balls of dough and they were a perfect treat! They were moist and tasty- My son has an egg allergy and this recipe he can enjoy! Thanks Uncle Bill.
THANK YOU UNCLE BILL!!! <br/>I have NEVER made a more perfect cookie, ever! I have tried over and over to make shortbread and they either crumble or I have to scoop them off the cookie sheet. These were perfect. They stayed formed and they didn't get hard or spread all over the sheet. I didn't have parchment so i just used the cookie sheet (not dark) and baked for 10 minutes. Perfection! My husband thanks you! ;) The rest of the batch is still in the oven. I don't think they will make the deepfreeze for Christmas time.
These turned out so perfect and wonderful! Everyone loves it when I bake them. I don't think they even get to cool!!
Just made these cookies and they are soooo good! I made them exactly like the recipe, even put the red cherry&#039;s on top with the icing drizzle like the picture. I thought something was wrong when I first started as the dough was not coming together with my mixer but just kept mixing and BAM all of a sudden it started getting sticky and there was my cookie dough! Dropped them on parchment paper, cooked at least 15 mins as I wanted them slightly brown around the edges and OH MY GOODNESS! As they said, melt in your mouth!
Just ....WOW!
These were to die for, I wanted a shortbread cookie that was easy with no rolling out or cutting or special steps. I made them with no cherries or toppings and we loved the tender butter flavor. Used the vanilla extract and also added just a pinch of salt. May try browning the butter first next time just to see if it makes any kind of a difference, honestly these were 10 stars as is. Perfect with a mug of tea or cocoa!
Yup, I'm with the 99.9% majority, these were awesome! I used a 1 tbsp scooper and pushed the rounded spoonful down with the cherries. This was my first time making shortbread. A no fail recipe.
I was worried about leaving the cookies because I peaked in and the bottoms were brown and the tops seemed raw still....but I pulled them out after 10 minutes and they are perfect! My son has had 4 already...there may not be any left by the time the husband comes home!
Bill, I must tell you... these are the best. I made them all at tablespoon size, left 1/3 plain, 1/3 strawberry jam, 1/3 blueberry jam. They took 13 minutes to be cooked beautifully. Thanks. Oh yeah, I also opted to use the 1 tsp of Vanilla.
These are SO good!! Very easy to make... will definitely make a double batch for Christmas this year!!
Uncle Bill - incredible cookies! Din't have the cherries, but the next time I make this, will try it for sure. As some of the other reviewers suggested, mine needed only 10 minuts bake time. Thanks a bunch - I just had three of these and I could have more!
I've been eyeing this recipe for a long time, and finally made it. What was I waiting for?! These cookies are heavenly - buttery, short, perfect. They truly do melt in your mouth! In mixing the dough, I started to worry that I hadn’t measured correctly, as the dough was very crumbly. Then the magic happened, and the dough came together. I made them on my heavy, shiny aluminum baking sheets, and it took 15 minutes. I also left off the cherries, as I’m too late for the holidays. This easy and quick recipe is in my permanent file now! Thanks, Uncle Bill.
These tasted just like my Grandma's recipe. I rolled the dough into little balls before baking, I like the uniform shape, and they were perfect. Thanks for an easy, totally worthwhile recipe!
Uncle Bill, You Rock! I made these cookies for my daughter's Brave Bday party and they are sooooo good! Thanks a million for sharing :))))
I have just finished baking a batch of this cookies...Oh my goodness, these are really good! I have basically almost eaten half of the first batch!!
I omitted the cherries but added in vanilla instead. It taste just like those Danish butter cookies !! Yumm!! Thanx so much for sharing this wonderful recipe!!
These were delicious! I followed another reviews hints and coated half of these with choc. How pretty they were. Looked gourmet! Also made and sold at bake sale and they went over very well. Thanx for posting.
These cookies are scrumptious, very tender and buttery... I used half cake flour and half all purpose flour like kittencal.. I did use the vanilla. Also put one fourth pecan in center of each. I made them a little larger, got 15 cookies. Hubby wants me to make more today.. thanks uncle bill for a great recipe.. nita
The cookies are delicious but so fragile. I was breaking them as I put them onto the cooling rack. I will try again though because they tasted great.
Oh gosh, this doesn't need another review - but I'll throw my 2 cents in anyway! The key to melt-in-your-mouthedness is two fold: beat the butter senseless (I used my Kitchenaid and let it go for about 5 minutes.) and once you add the flour, just blend it in and you're done. Shut it down and bake 'em off! And finally, bake them until just done - not lightly browned - still white-ish. Believe me, they'll be melt-in-your-mouth delish! Could be the best cookie I've ever made! (Oh, and I did use unsalted butter and added 1/4 tsp salt, as well as a "rounded" 1/2 cup of confectioner's sugar.) They're extremely versatile!
So good and so easy. I gave them this year to my neighbors for Christmas. I did add a teaspoon of almond extract (in addition to the vanilla). Great flavor.
These are the best shortbread cookies I've ever made. They really do melt in your mouth. They'll be a great addition to my Christmas baking. Thanks!
we loved these!! i had never made short bread cookies before and they turned out perfect. thanks for the recipe.
OM Goodness---just tried the first one...filled with apricot preserves; absolutely amazing texture! I chilled my dough for over an hour (got busy with life), rolled them into small balls, flattened by hand into disks and then fingerprinted and filled with preserves before baking. These blow away any thumbprint cookie i have ever made! Thank you Uncle Bill!!!
Simple and delicious! I used the almond extract and did some with a dab of strawberry jelly in the middle. Both were yummy! I did overcook one batch and I agree... you don't want to do that! LOL :) Definitely a keeper recipe.
absolutely amazing! my dough was a little bit crumbly, so I just added some water to make it more &quot;dough&quot; like. I've asked family members what they think and said that it is delicious. I made thumbprints and added strawberry jam which was outstanding. they said it could maybe be a little bit more sweet? could I add more powdered sugar? other than that, best shortbread recipe out there.
Thank you for sharing this recipe! It is the first time that I have been able to bake anything successfully due to the simplicity of the recipe. I shared them with family members and coworkers and they disappeared very quickly! Instead of cherries I added chopped walnuts to some of the cookies and it has become my mum's favourite.
I baked this tonight and they are the rave everyone wants more for Christmas, only thing my batch was short instead of 36 , i had 26 maybe use the wrong spoon. (smile)great cookie recipe.Thanks
Wow! These were easy to make and so delicious. My French class had a Christmas party and I thought these would be a festive treat. They were a hit. I loved the Danish Butter cookies that you can find sold in stores at Christmas and on a whim decided to do a taste test. Uncle Bill your cookies were the tops hands down. The rest of my family agreed that yours were much better so from now on I will be making your Whipped Shortbread Cookies instead of buying those tinned cookies.
These were delicious shortbread cookies. I only used red cherries and cut them in half instead of quarters to give them a more distinct taste. I found that they broke quite easily and that it was quite necessary to have the layers of wax paper. As others have noted, parchment paper is not necessary for this recipe although it may help with the spreading of the cookies. Thanks for the keeper!
These really do melt in your mouth. So easy to whip up (literally). I too was a bit wary when the dough didn't really come together, but kept it mixing and sure enough, a nice dough formed that was easily rollable in small balls and sprinkled with colored sugar. Mine took 16 minutes to bake, but I did start checking at 10. Though they were tasty, I felt they were a bit plainer than other shortbreads I've tasted and I did make sure to use a good quality butter. I think I'll try these again and maybe add some almond or vanilla extract. Thanks for another winner Uncle Bill!
My neice went bonkers for these, which were the simplest cookies I've ever made. The taste was pure shortbread without the fuss. I skipped the cherries, as I don't like those at all. My personal preference would lead me to remake these with slightly more sugar, or drizzling melted chocolate over the finished product. I love Alabamagirl's nice brown cookies...how'd you do that? For busy folks, or moms needing a ton of cookies for a party or bake sale, you can't beat these. Thanks for a great recipe, Uncle Bill!
Excellent recipe! The texture was perfect, and it was so easy to make! They will definitely be a regular in my holiday baking!
WOW. 10 stars is a must. Melt in your mouth indeed! I can't stop eating them. So light and buttery. I baked them for 14 minutes and they were ready. Two questions for you uncle Bill, how do I get the top of the cookies to be golden brown like the bottom ? And can I use these cookies to make banana pudding in place of the plain old vanilla wafers? Thanks so much Uncle Bill. I love your recipes.
I liked these alot I did add a tsp of vanilla and made a thumbprint and added raspberry jam thank you very much!!
I'd give these more than 5 stars if I could. I've never had a cookie so tender and I loved the flavor. They really did melt in my mouth. I topped them with red maraschino cherries and they looked beautiful on the cookie tray - thanks for such a good recipe. I'll be making these again this weekend, and many more holidays to come - thanks!
These were perfect! I've tried quite a few shortbread recipes and this was the absolute fave.
I used the vanilla and also added about 1/4 tsp. salt.
Thanks so much for this recipe!
Uncle Bill you are amazing and so are your cookies, very easy to make and a short cooking time. I found the recipe on monday and tried them monday night. Making another batch today. Thanks so much tc Dancer^
You can always count on Uncle Bill for wonderful recipes. I made these for Christmas cookie trays and the directions were so easy to follow and the results were delicious.
I used red cherries in the centers but the next time I make these, I'll try them with raspberry preserves...or cherry...or chocolate.
Thanks for sharing this recipe with us. A winner!
These were very good. I omitted the cherries all together, just made straight shortbread cookies and they went soo fast! Great for big gatherings when you are unsure of those with nut allergies...ends up I had a very greateful person that was able to gobble these down without fear! Also great with a cookie press, they look so nice! I've already made these twice and will be making them again! A snap to make! Thanks!
I had been wanting to make these since I first saw the recipe (I loooove shortbread), but hadn't found the time. I finally managed to do so yesterday, on a whim, and was quited tickled with the results. I was considering taking and sending my first picture of a recipe but, of course, that would assume I had any cookies left for a picture!!! LOL I creamed the cold butter (love my Kitchen Aid...I can get away with that) with the sugar, then added the flour, scraped it down, and mixed again. I used my smallest scoop (kind of like a tiny ice-cream scoop), which is approximately 1 teaspoon. It makes a ball about the size of a medium-large grape. I got 48 cookies using the scoop. I put them on a cookie sheet sprayed with non-stick spray (in hindsight, I probably could have left this out, due to the butter content) and baked them for 11 minutes, due to the smaller size. I found that the dough didn't quite get done in the middle, so in subsequent batches, I flattened the cookies just a tiny bit. That seemed to help. I did do one other thing differently...I'm not that big of a maraschino cherry fan (all the dyes), so instead I substituted some Hershey's Kisses on top. I unwrapped them and pushed a Kiss down into the cookie until it was firmly attached. We happened to have both the regular Kisses and some of the dark chocolate Kisses. While I'm not a huge fan of dark chocolate, I found that I liked the combination of the dark chocolate Kisses with the cookies over the regular Kisses. Especially when still warm. :D And my DD's boyfriend absolutely adored the cookies also. Thanks for posting this recipe, Uncle Bill. I really enjoyed it.
These were really easy. I didn't bother with the parchment paper to bake them on. I cooked them on my pampered chef pans, which gave them the perfect bottoms. I also added about 2 tbsp of earl grey tea to the butter and left sit about 30 min before finishing the recipe which gave it a hint of extra flavour. Thanks for posting this recipe!
This is a very good cookie & exceptionally easy to make. I made mine into thumbprint cookies with a dollop of raspberry jam instead of the cherries.
Very easy recipe with delicious results. Made the perfect shortbread, in my opinion ... And got a thumbs up from my picky hubby too. This recipe will be my "go to" for shortbread. Thanks for sharing!
Very delicate crumb on these even though I used extra 1/2 cup of flour to make the dough easier to handle (rolled dough between palms to make perfect balls for 'thumbprint' cookies).
These turned out so light and delicate. I left out the cherries and added the optional vanilla. I baked one half of the dough recipe plain and the other half I added two bags of chai tea. Both were delicious! Thanks for sharing.
I never realized how much I liked shortbread cookies until I made these for my husband and the superbowl party! I ended up eating more of these than anyone else (though my husband had his share of the dough...). The cherry is a great touch (tried both apricot jam and cherry halves) and adds just the right amount of sweet to the cookie. Make sure to mix the dough until it becomes VERY smooth (takes longer to mix than any cookies I've ever made) also the refrigeration definitely helped make them easy to separate into individual cookies (left them overnight in fridge). Fantastic recipe thank you!
It seems like I'm the only one who didn't enjoy these at all. The cookies came out looking great, I made little indentations and spooned some apricot jam into the middle. Once they had cooled, my husband and I tried them (we'll eat anything) but we ended up throwing the whole batch into the garbage. We found them rather chalky and flavourless, they may need more sugar or maybe less flour. I don't think I made an error in the preprations, I followed the directions precisely. I noticed there were quite a few reviews on another site where this recipe is also posted that had similar comments as I did. It just looked really simple and quick, and with all the great reviews I thought it would be good. Thanks for the submission ...many have enjoyed this recipe, and I didn't really want to give it a bad rating, but we'll keep looking for another shortbread recipe.
Ooooh Uncle Bill - so simple and so good. Rolled into balls - melt in your mouth good.
Not the prettiest cookie ever, but boy do they taste good! These are especially good when warm. I topped a handful with peach preserves, and some with dark chocolate. But, our favorite were the original. These are just sweet enough, and richly buttery, but airy and light at the same time. It was nice to try something just slightly different. Will definitely make again.
Good! Super easy. I made the first batch exactly to the recipe, and it spread and the cookies fell apart. I'm at a high altitude, so I think that's the problem. The next batch, I threw in an extra 1/2 cup of flour, an extra tablespoon of powdered sugar, and 1/4 tsp. of almond extract. I baked them for exactly 15 minutes and they came out perfect! Used for a cookie exchange.
These are great. I rolled them into balls and placed a cherry in the center of each cookie, pressed it down a little and baked. I added some rasberry preserves to some but I like the cherry on top the best for appearance. I also drizzled some white chocolate over the top to make them more festive looking for my cookie gifts. This recipe is a keeper and it is amazingly easy to make and bake.
I just finished making a batch of these, and though I haven't tried one yet my kids and husband are raving about how great they are. Thanks so much for posting your recipe! These are festive and are helping our family maintain the spirit of the season. Excellent!
Fantastic cookie! Sprinkle them with colored sugar before baking for a holiday-themed cookie. YUM!
These are very dangerous to keep around because they're so good you just can't keep your paws off them. They just melt in your mouth. This ranks among the best cookies I've ever tasted. Thanks for sharing!
Very good. They really do melt in your mouth.
These were super eazy and really good! I made mine larger and ended up with 2 dozen. Thanks for a great recipe.
I asked my hubby (who's never made cookies before!) to make some cookies since I was feeling lazy. :) He gave me some dough (my fave part) and it wasn't that good...so I was shocked when he gave me a cookie fresh from the oven. DELICIOUS!! The recipe made 12 cookies and between me&hubby and our 2 kids, they were gone in an hour! Thx for the recipe! :)
I thought these were really good. Instead of using the cherry filling, I made mine plain. I dipped them in chocolate and covered them in sprinkles. YUM!
Great Cookies!! Extremely simple to make with excellent results! I used a variety to top my cookies of red maraschino cherries, a little red raspberry jam, Sliced almonds and cashew halves. Melt in your mouth delicious! Lovely presentation and a sure winner for any Christmas tray! Thanks so much for sharing this wonderful recipe with us, Uncle Bill!
Outstanding!
These have become a Christmas staple in my home. For the purists we do alternating red and green candied cherries, for me and the kids we do alternating Hershey Kisses, (unwrapped, of course).
These cookies are verrry good!! They have to be the most tender cookies I've ever made. I didn't use cherries for the top. I sprinkled some colored sugar on the cookies before baking to give them a little color (for the cookie trays). Thank you for the recipe!
Sweet and melt in your mouth.
Simple perfection. Quick, easy, delicious and cute. I put in the vanilla and would not change a thing. I will be making these often!!! Thank you so much for posting.
Love these!!! I generally make them either plain or with mini chocolate chips and they always come out amazing.
They turned out amazing, thank you Uncle Bill. i will be making these every Christmas. Instead of cheery in the middle i used Hershey Almonds and toffee drops in the middle and they are delicious. :)
This is the first time I tried shortbread cookies and they were excellent. Very simple , easy and quick to make. Need to keep a watch on them as they burn if kept for more than about 10 minutes. Also, as another reviewer mentioned I shaped them into small balls and then pressed them lightly on a cookie sheet so that they cook well. I didnt have cherries, so I topped them with cashewnuts and some with chocolate chips. Also added a few drops of vanilla essence to them. Over all they were excellent and melt in the mouth......
Classic recipe and easy to make. Made several batches, in one I added zest from 1 lemon. This is a great basic shortbread recipe.
I made these, and then dipped the bottoms in melted chocolate chips (melted w/ a little shortening). My kids love them.
This is such an easy and yummy recipe. I couldn't find my recipe that I usually use, so I went on Zaar to find one that was similar(I knew the ingredients but not the amounts), when I came across this one the only difference I noticed was the vanilla was missing. So I added the vanilla but otherwise I followed your directions to a tee. These are so melt in your mouth delicious, I think I will stop looking for the little recipe card that my original recipe is on and use this from now on!! Thank-you Uncle Bill!!
I give these cookies five stars plus. I gave them out for hanukkah gifts and they were perfect. What better to give then something from the heart and home made. These tated delicious, the smell while baking was wonderful and needless to say, they were devoured. Everyone raved about how amazingly good they were so i'm baking a couple more batches today. I decided to use the thumbprint method filled with preserves and oh my stars did they present well. This recipe is a keeper, one to pass down, but be sure to enjoy these goods with people you love. Happy hanukkah
It made it from the double of the amount of the recipe in the Christmas party in 2009.

The party rose thanks to the recipe of popular.
And, children were really pleased with this.

Very simple to make and even easier to eat!!

Thanks so much.

I will use this recipe from now on.
I can't tell you how much we love these cookies! We make them as a thumbprint with whatever fruit spread we currently have in the fridge. They are incredibly good and never last long in our house even though I make double batches! Everyone who tastes them loves them. They are light, buttery, and not too sweet. They're great plain, or as thumbprints with jam, jelly, or Nutella. If using Nutella I do not recommend putting it on until after they've been baked. I learned that the hard way. :)
OMG,,,what a great cookie,,, i will definitely keep these in my cookie jay all the time,,, i used jam on them and they just melt once you bite into them,,, way to go,,,, thanks so much..
This was a great cookie. Tender. The best part is how easy they are to make.
What a great simple recipe! These are some of the best cookies I've ever made and they were certainly easy. I don't own an electric mixer, so I whipped by hand and they still came out great!
Uncle Bill, I wish I could rate these cookies higher than 5 stars, they are simply the best! and when I say simply I mean simply, with only three ingredients you couldn't ask for a better shortbread cookie than these. I used half cake flour and half regular flour. For my second batch I add some mini chocolate chips yummmm! I will never use another shortbread recipe again, so buttery, these things just melt in your mouth! This is a sure thing on my goodie tray for this years Chrismas get together at my home. I am very happy to have found such a wonderful recipe, I will make these again and again! Uncle Bill, Thank you for sharing!....Kitten:)
These cookies are wonderful. Not much I can say that has not already been said. I used a cookie scope which made them uniform in size and used a glazed cherry on top. Delicious! thanks uncle Bill.
I made these cookies yesterday and I have to say that the were not only very easy and quick, but very delicious as well!!! They are now a permanent addition to my holiday cooki tray!! Thanks for another great recipe Uncle Bill!!
This was the quickest and easiest cookie recipe I ever made, and they tasted fabulous. DS ate over a dozen within the first hour out of the oven!
These cookies came out of the oven very soft and moist, and they practically melted in your mouth. They were also super easy to make. I think they could use a little flavor boost like some lemon or orange zest. However, they were quite yummy just the way they were.
these were so simple to make! the flavor is good, very light. i added a little almond flavor to the dough, put raspberry jam in the middle and then drizzled them w/ melted white chocolate! what a hit!
Like a previous reviewer, I found these cookies to be chalky and tasteless. The dough was really hard to work with, so I think that refrigerating these for a few hours would really help if you want to shape them.
Didn't know what icing sugar was - used recipe #88812 (homemade powdered sugar). Placed an M&M in the middle of each cooke. Thought I had put too much butter, but it actually worked out just fine.
Oh my god! These are so rich and delicous!! I rolled them into small logs and dipped one side in colored sugar. Really cute (and tasty) addition to my cookie trays!
Very easy to make. Added vanilla but probably won't next time to see how they taste without the extra flavouring
Made these for my DD for the Holidays when she was down for college. Well they didn't last very long, they were that good. My pics didnt turn out so well so not posting them. But the cookies were absolutely delicious. I love shortbread cookies myself but only got to try one, the rest she wanted for herself. I too used the vanilla, it gives it an extra nice flavor. I liked the fact that these were so quick to make. The only thing I should of done was to dry off the cherries so it doesnt turn the top of the cookie pink. Thanks Uncle Bill for your recipe, my DD really enjoyed them. She wants another batch to go back to college with...Thanks..
Made these for church today and they were a big hit. I used a simple powder sugar, vanilla, little bit of milk, & coloring for the frosting. These were soooooo good. I had an idea, I also made some with cream cheese frosting (cream cheese, vanilla, powdered sugar & coolwhip) then topped with a thin slice of strawberry! Absolutely delicious, like a fruit tart cookie! Thanks for sharing!
